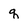
Character: q